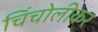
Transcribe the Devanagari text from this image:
चिंचोलीकर